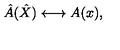
\hat { A } ( \hat { X } ) \longleftrightarrow A ( x ) ,